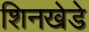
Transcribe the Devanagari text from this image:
शिनखेडे